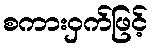
စကားဝှက်ဖြင့်